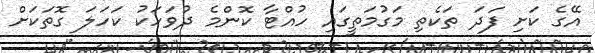
އޭގެ ކަށި ފަދަ ތަކެތި މަގުމަތީގައި ހުއްޓާ ކޮންމެ ދުވަހަކު ކަހަލަ ގޮތަކަށް